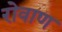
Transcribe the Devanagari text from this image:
रोवाण